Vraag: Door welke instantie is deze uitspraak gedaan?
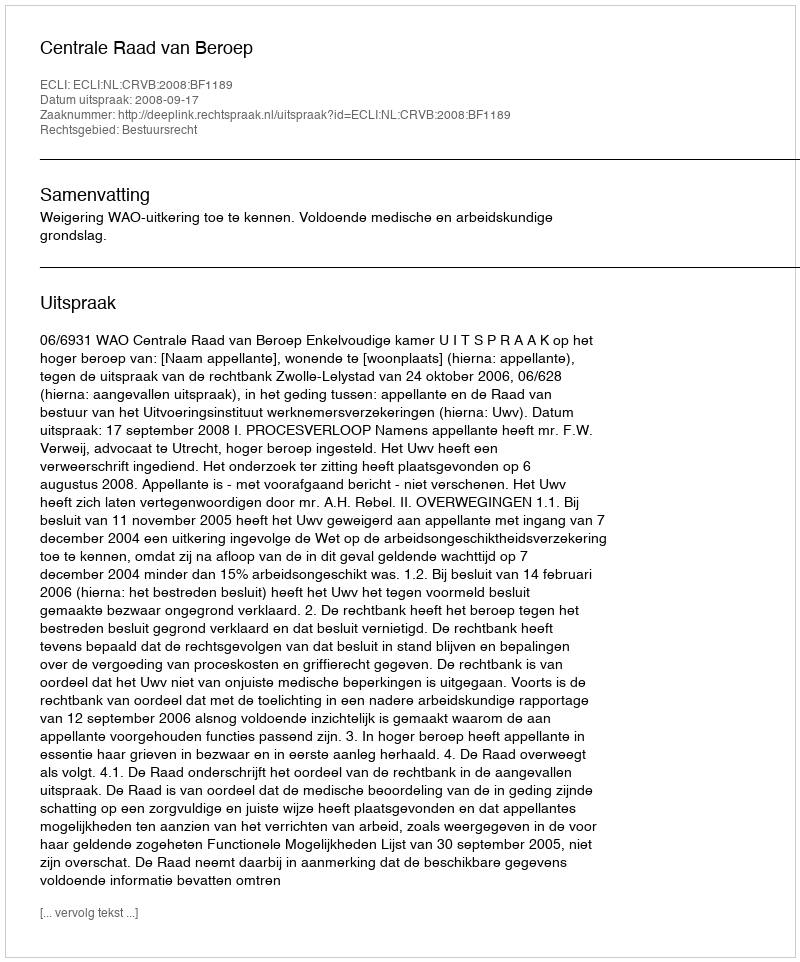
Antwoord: Centrale Raad van Beroep